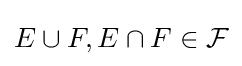
E\cup F,E\cap F\in {\mathcal {F}}